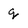
Character: g